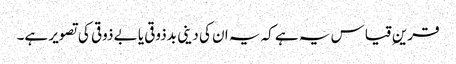
قرینِ قیاس یہ ہے کہ یہ ان کی دینی بدذوقی یا بے ذوقی کی تصویر ہے۔